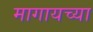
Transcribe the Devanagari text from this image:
मागायच्या